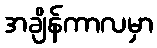
အချိန်ကာလမှာ